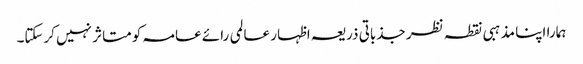
ہمارا اپنا مذہبی نقطہ نظر جذباتی ذریعہ اظہار عالمی رائے عامہ کو متاثر نہیں کرسکتا۔